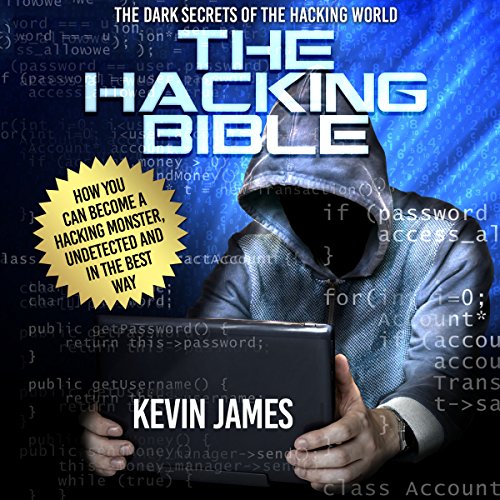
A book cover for The Hacking Bible: The Dark Secrets of the Hacking World: How You Can Become a Hacking Monster, Undetected and in the Best Way; Kevin James; Computers & Technology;